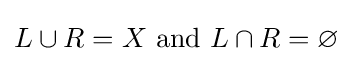
{\textstyle L\cup R=X{\text{ and }}L\cap R=\varnothing }